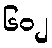
၆၀၂